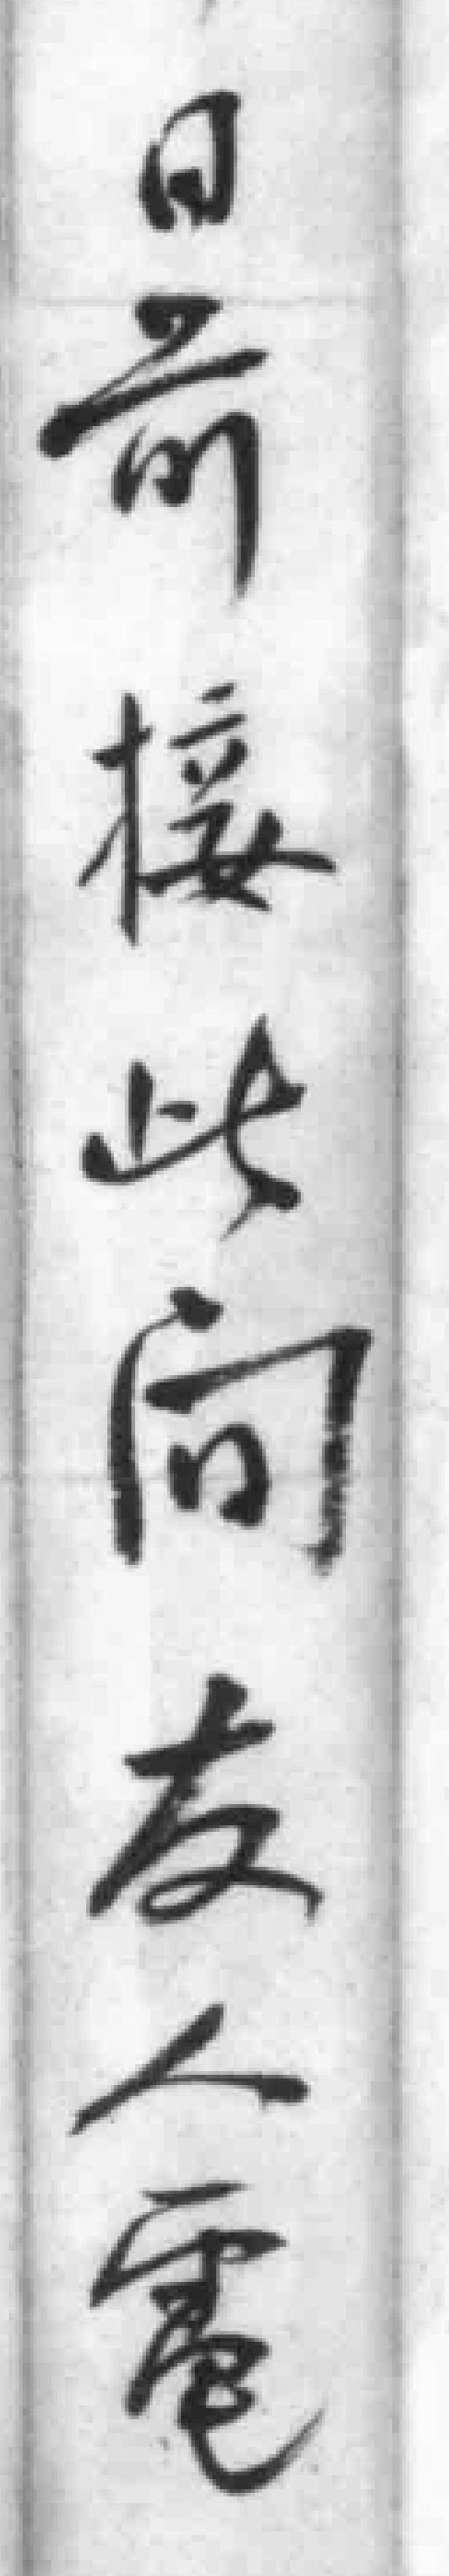
日前接此向友人電